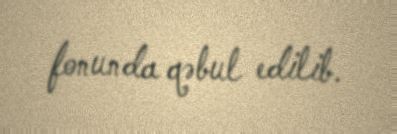
fonunda qəbul edilib.